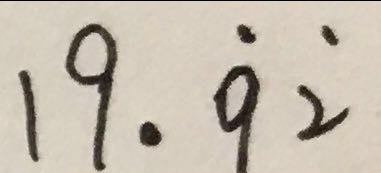
1 9 . \dot { 9 } \dot { 2 }